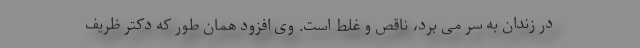
در زندان به سر می برد، ناقص و غلط است. وی افزود همان طور که دکتر ظریف